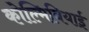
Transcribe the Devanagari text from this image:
कोल्मिबियाई